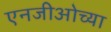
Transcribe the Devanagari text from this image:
एनजीओच्या